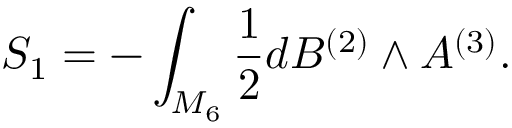
S _ { 1 } = - \int _ { { \cal M } _ { 6 } } { \frac { 1 } { 2 } } d B ^ { ( 2 ) } \wedge A ^ { ( 3 ) } .